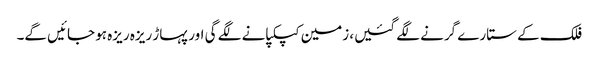
فلک کے ستارے گرنے لگے گئیں، زمین کپکپانے لگے گی اور پہاڑ ریزہ ریزہ ہو جائیں گے۔